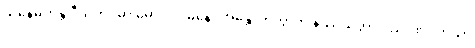
သနေမိကန္တိ ဝီသတိဝိဓာ မောဟဂါမိနော အန္တောကတွာတိ နိဿယတ္တာ ဝိညာဏုပ္ပတ္တိယာ